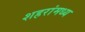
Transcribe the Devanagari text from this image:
शहरांमध्य